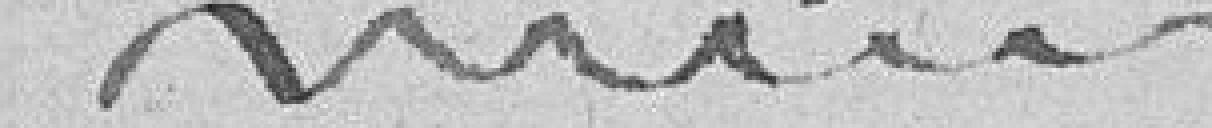
--------